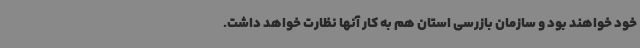
خود خواهند بود و سازمان بازرسی استان هم به کار آنها نظارت خواهد داشت.